Calcutta medical institutions reports 1892-1900
Year: 1892
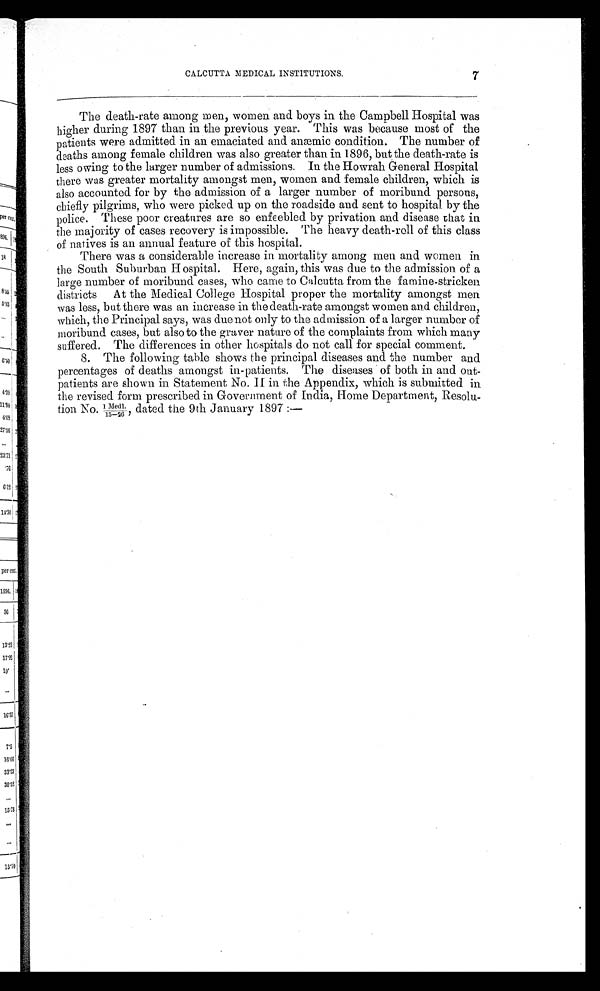
CALCUTTA. MEDICAL INSTITUTIONS. 7
The death-rate among men, women and boys in the Campbell Hospital was
higher during 1897 than in the previous year. This was because most of the
patients were admitted in an emaciated and anæmic condition. The number of
deaths among female children was also greater than in 1896, but the death-rate is
less owing to the larger number of admissions. In the Howrah General Hospital
there was greater mortality amongst men, women and female children, which is
also accounted for by the admission of a larger number of moribund persons,
chiefly pilgrims, who were picked up on the roadside and sent to hospital by the
police. These poor creatures are so enfeebled by privation and disease that in
the majority of cases recovery is impossible. The heavy death-roll of this class
of natives is an annual feature of this hospital.
There was a considerable increase in mortality among men and women in
t he Sout h Suburban Hsospi t al . Here, agai n, t hi s was due t o t he admi ssi on of a
large number of moribund cases, who came to Calcutta, from the famine-stricken
districts At the Medical College Hospital proper the mortality amongst men
was less, but there was an increase in the death-rate amongst women and children,
which, the Principal says, was due not only to the admission of a larger number of
moribund cases, but also to the graver nature of the complaints from which many
suffered. The differences in other hospitals do not call for special comment.
8. The following table shows the principal diseases and the number and
percentages of deaths amongst in-patients. The diseases of both in and out-
patients are shown in Statement No. II in the Appendix, which is submitted in
the revised form prescribed in Government of India, Home Department, Resolu-
tion No. I Medl. ,d a t e d
t h e
9 t h J a n u a r y 1 8 9 7 : —
1 5 - 2 6